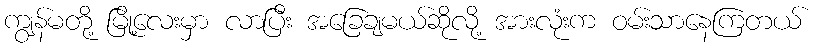
ကျွန်မတို့ မြို့လေးမှာ လာပြီး အခြေချမယ်ဆိုလို့ အားလုံးက ဝမ်းသာနေကြတယ်